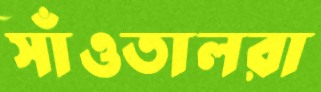
সাঁওতালরা